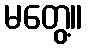
မတွေ့။